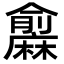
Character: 𪎨